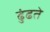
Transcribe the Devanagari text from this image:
ढुंढते